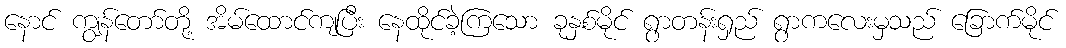
နောင် ကျွန်တော်တို့ အိမ်ထောင်ကျပြီး နေထိုင်ခဲ့ကြသော ခုနှစ်မိုင် ရွာတန်းရှည် ရွာကလေးမှသည် ခြောက်မိုင်